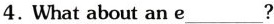
4. What about an e___?